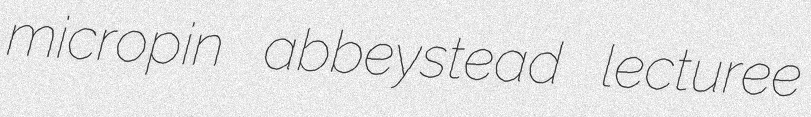
micropin abbeystead lecturee